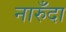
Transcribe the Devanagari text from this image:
नारुँदा